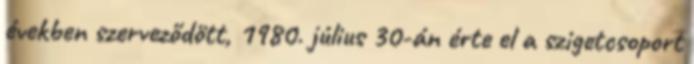
években szerveződött, 1980. július 30-án érte el a szigetcsoport